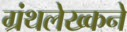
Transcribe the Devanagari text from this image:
ग्रंथलेख्कने